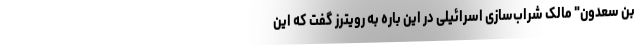
بن سعدون" مالک شراب‌سازی اسرائیلی در این باره به رویترز گفت که این